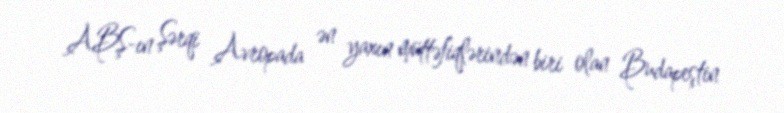
ABŞ-ın Şərqi Avropada ən yaxın müttəfiqlərindən biri olan Budapeştin